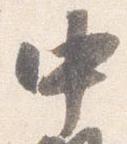
中